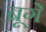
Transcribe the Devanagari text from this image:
ब्रूगे